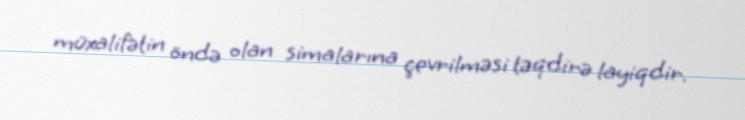
müxalifətin öndə olan simalarına çevrilməsi təqdirə layiqdir.